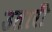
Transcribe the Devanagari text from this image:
उतारीं